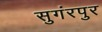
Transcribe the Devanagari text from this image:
सुगंरपुर